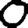
Digit: 0